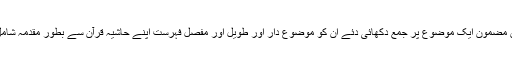
جہاں جہاں مضمون ایک موضوع پر جمع دکھائی دئے ان کو موضوع دار اور طویل اور مفصل فہرست اپنے حاشیہ قرآن سے بطور مقدمہ شامل فرمائی ۔